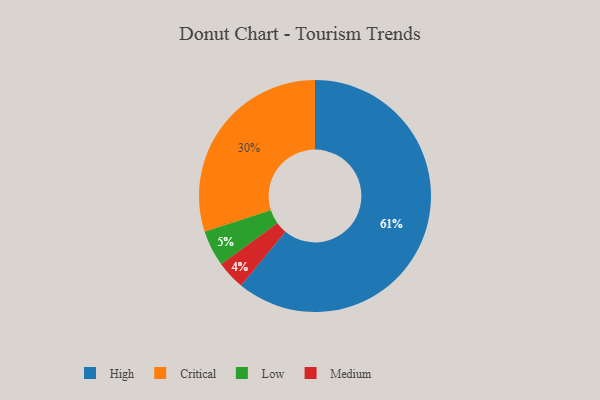
{"axis": {"x": "Category", "y": "Percentage"}, "legend": ["Critical", "High", "Low", "Medium"], "data": [{"x": "Critical", "y": 30, "type": "Critical"}, {"x": "Low", "y": 5, "type": "Low"}, {"x": "High", "y": 61, "type": "High"}, {"x": "Medium", "y": 4, "type": "Medium"}]}